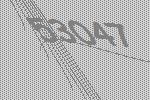
53047